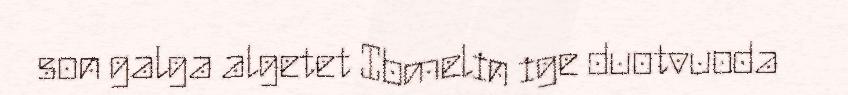
son galga algetet Ibmelin ige duotvuoda